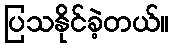
ပြသနိုင်ခဲ့တယ်။